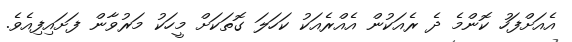
އެއަށްފަހު ކޮންމެ ދެ ރެއަކުން އެއްރެއަކު ކަހަލަ ގޮތަކަށް މީހަކު މަރުވާން ފަށައިފިއެވެ.